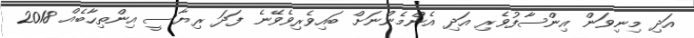
އަދި މިނިވަން އިންސާފުވެރި އަދި އެންމެންނަށް ބައިވެރިވެވޭނެ ފަދަ ރިޔާސީ އިންތިހާބެއް 2018